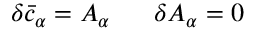
\delta { \bar { c } } _ { \alpha } = A _ { \alpha } \; \; \; \; \; \; \delta A _ { \alpha } = 0